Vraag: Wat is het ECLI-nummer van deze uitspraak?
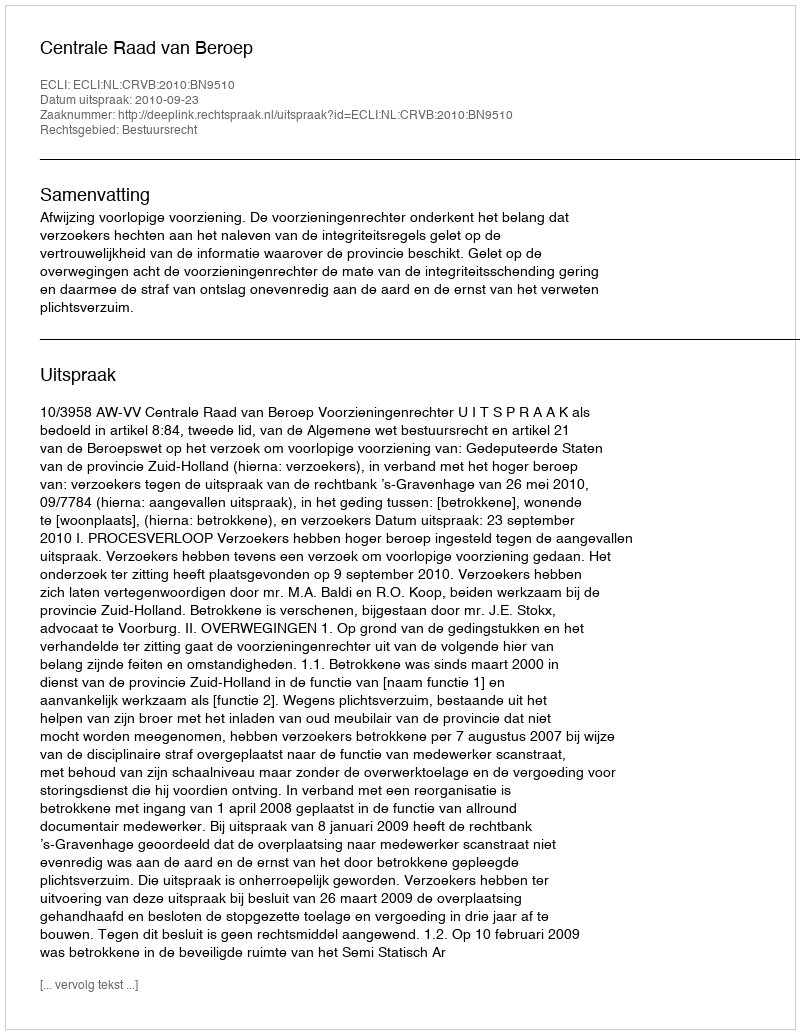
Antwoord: ECLI:NL:CRVB:2010:BN9510